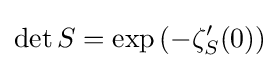
\det S=\exp \left(-\zeta _{S}'(0)\right)